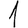
Digit: 1